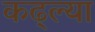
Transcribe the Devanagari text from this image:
कढ्ल्या